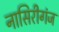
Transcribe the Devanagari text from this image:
नासिरीगंज